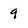
Character: 9